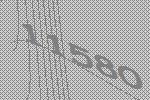
11580